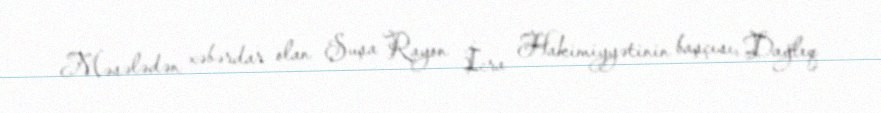
Məsələdən xəbərdar olan Şuşa Rayon İcra Hakimiyyətinin başçısı, Dağlıq